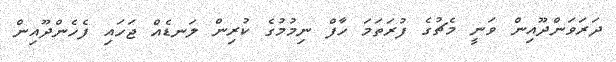
ދަރަވަންދޫއިން ވަނީ މެޗުގެ ފުރަތަމަ ހާފް ނިމުމުގެ ކުރިން ލަނޑެއް ޖަހައި ފެހެންދޫއިން